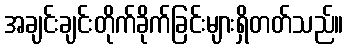
အချင်းချင်းတိုက်ခိုက်ခြင်းများရှိတတ်သည်။